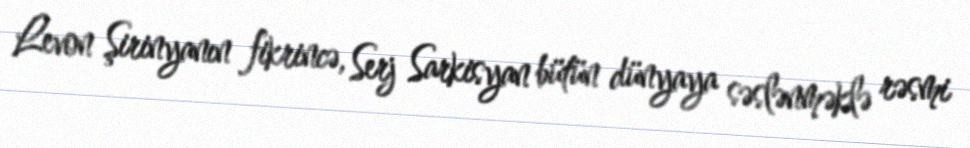
Levon Şirinyanın fikrincə, Serj Sarkisyan bütün dünyaya səslənməklə rəsmi